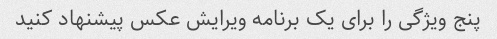
پنج ویژگی را برای یک برنامه ویرایش عکس پیشنهاد کنید